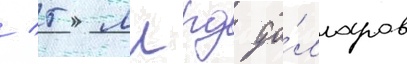
/ 5 млрд до́лларов